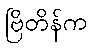
ဗြိတိန်က